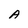
Character: A